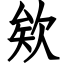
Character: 欸